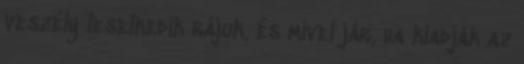
veszély leselkedik rájuk, és mivel jár, ha kiadják az